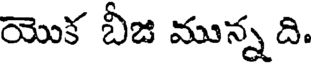
యొక బీజి మున్న ది.